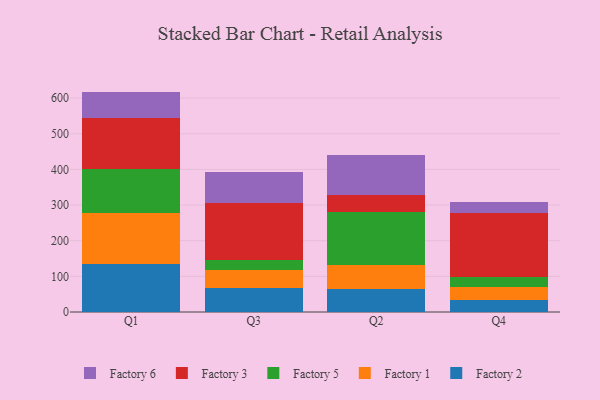
{"axis": {"x": "Quarter", "y": "Latency (ms)"}, "legend": ["Factory 1", "Factory 2", "Factory 3", "Factory 5", "Factory 6"], "data": [{"x": "Q1", "y": 134.9, "type": "Factory 2"}, {"x": "Q1", "y": 143.9, "type": "Factory 1"}, {"x": "Q1", "y": 122.3, "type": "Factory 5"}, {"x": "Q1", "y": 142.8, "type": "Factory 3"}, {"x": "Q1", "y": 74.4, "type": "Factory 6"}, {"x": "Q3", "y": 67.3, "type": "Factory 2"}, {"x": "Q3", "y": 49.4, "type": "Factory 1"}, {"x": "Q3", "y": 27.9, "type": "Factory 5"}, {"x": "Q3", "y": 160.0, "type": "Factory 3"}, {"x": "Q3", "y": 87.8, "type": "Factory 6"}, {"x": "Q2", "y": 63.6, "type": "Factory 2"}, {"x": "Q2", "y": 68.5, "type": "Factory 1"}, {"x": "Q2", "y": 149.4, "type": "Factory 5"}, {"x": "Q2", "y": 48.0, "type": "Factory 3"}, {"x": "Q2", "y": 110.1, "type": "Factory 6"}, {"x": "Q4", "y": 35.0, "type": "Factory 2"}, {"x": "Q4", "y": 36.0, "type": "Factory 1"}, {"x": "Q4", "y": 27.9, "type": "Factory 5"}, {"x": "Q4", "y": 178.9, "type": "Factory 3"}, {"x": "Q4", "y": 30.2, "type": "Factory 6"}]}